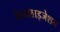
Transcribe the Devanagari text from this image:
कैनलाइजेशन